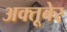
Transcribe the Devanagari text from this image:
अक्तूबेर